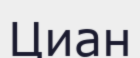
Циан